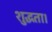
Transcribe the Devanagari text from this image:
शुद्धता।